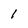
Character: I